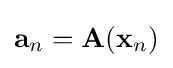
\mathbf {a} _{n}=\mathbf {A} (\mathbf {x} _{n})